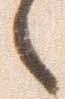
々